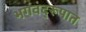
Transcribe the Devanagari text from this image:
भगवद्‌रूपात